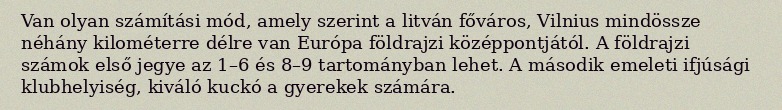
Van olyan számítási mód, amely szerint a litván főváros, Vilnius mindössze néhány kilométerre délre van Európa földrajzi középpontjától. A földrajzi számok első jegye az 1–6 és 8–9 tartományban lehet. A második emeleti ifjúsági klubhelyiség, kiváló kuckó a gyerekek számára.